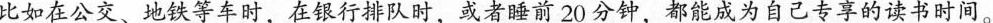
比如在公交、地铁等车时，在银行排队时，或者睡前20分钟，都能成为自己专享的读书时间。